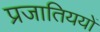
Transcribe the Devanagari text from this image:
प्रजातिययों